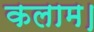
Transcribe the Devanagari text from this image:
कलाम।